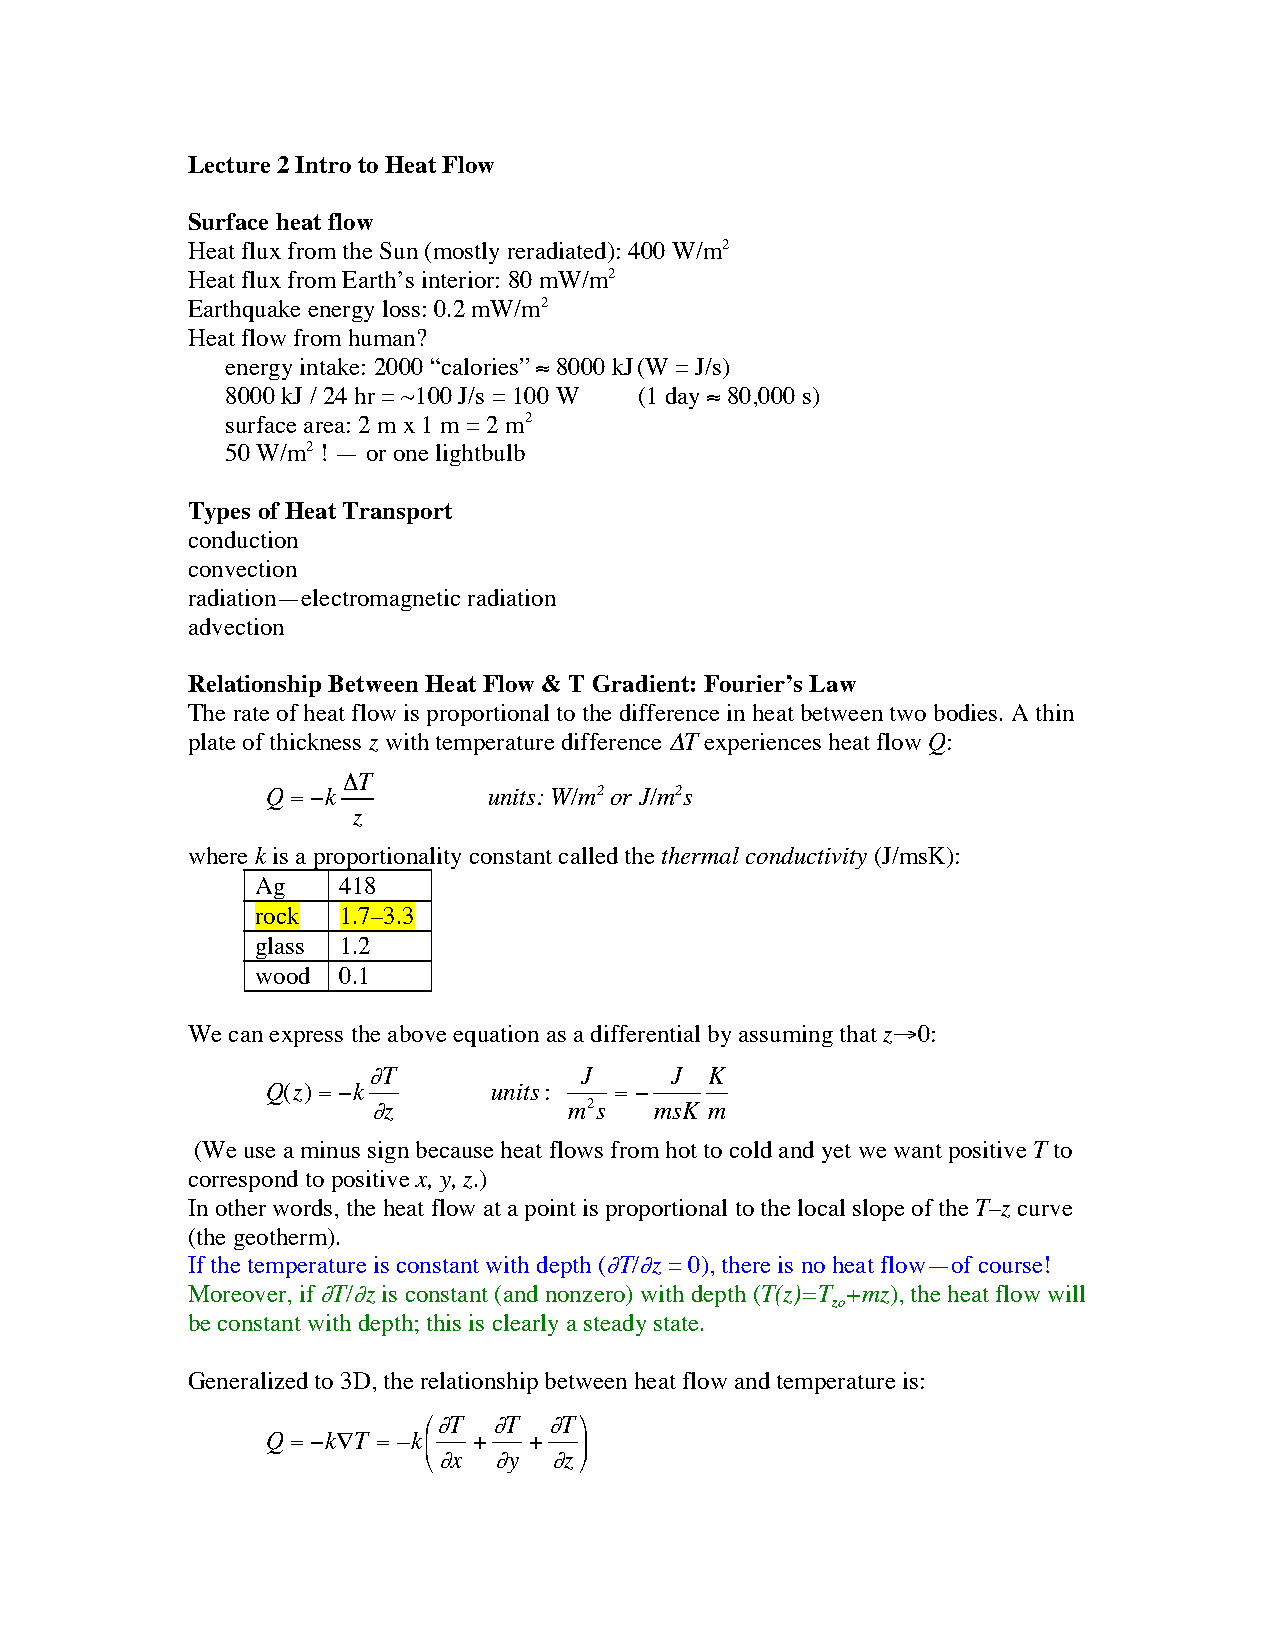
Lecture 2 Intro to Heat Flow
 Surface heat flow
 Heat flux from the Sun (mostly reradiated): 400 W/m2
 Heat flux from Earth’s interior: 80 mW/m2
 Earthquake energy loss: 0.2 mW/m2
 Heat flow from human?
 energy intake: 2000 “calories” ≈ 8000 kJ(W = J/s)
 8000 kJ / 24 hr = ~100 J/s = 100 W (1 day ≈ 80,000 s)
 surface area: 2 m x 1 m = 2 m2
 50 W/m2 ! — or one lightbulb
 Types of Heat Transport
 conduction
 convection
 radiation—electromagnetic radiation
 advection
 Relationship Between Heat Flow & T Gradient: Fourier’s Law
 The rate of heat flow is proportional to the difference in heat between two bodies. A thin
 plate of thickness z with temperature difference ∆T experiences heat flow Q:
 ∆T
 Q= −k         units: W/m2 or J/m2s
 z
 where k is a proportionality constant called the thermal conductivity (J/msK):
 Ag   418
 rock 1.7–3.3
 glass 1.2
 wood 0.1
 We can express the above equation as a differential by assuming that z→0:
 ∂T            J     J  K
 Q(z)= −k      units:   = −
 ∂z           m2s  msK m
 (We use a minus sign because heat flows from hot to cold and yet we want positive T to
 correspond to positive x, y, z.)
 In other words, the heat flow at a point is proportional to the local slope of the T–z curve
 (the geotherm).
 If the temperature is constant with depth (∂T/∂z = 0), there is no heat flow—of course!
 Moreover, if ∂T/∂z is constant (and nonzero) with depth (T(z)=T +mz), the heat flow will
 zo
 be constant with depth; this is clearly a steady state.
 Generalized to 3D, the relationship between heat flow and temperature is:
 ∂T  ∂T ∂T
 Q= −k∇T = –k +  +  
 ∂x  ∂y ∂z